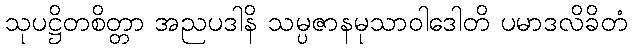
သုပဋ္ဌိတစိတ္တာ အညပဒါနိ သမ္ပဇာနမုသာဝါဒေါတိ ပမာဒလိခိတံ